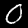
Digit: 0